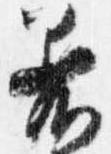
着